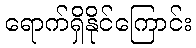
ရောက်ရှိနိုင်ကြောင်း